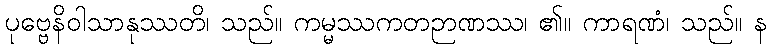
ပုဗ္ဗေနိဝါသာနုဿတိ၊ သည်။ ကမ္မဿကတဉာဏဿ၊ ၏။ ကာရဏံ၊ သည်။ န